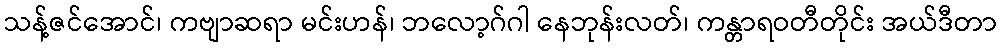
သန့်ဇင်အောင်၊ ကဗျာဆရာ မင်းဟန်၊ ဘလော့ဂ်ဂါ နေဘုန်းလတ်၊ ကန္တာရဝတီတိုင်း အယ်ဒီတာ